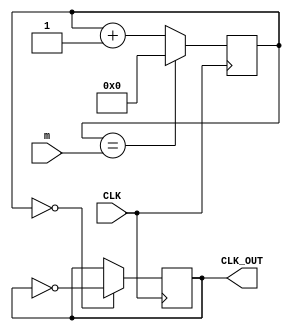
`timescale 1ns / 1ps
//////////////////////////////////////////////////////////////////////////////////
// Company: 
// Engineer: 
// 
// Design Name: 
// Module Name: clk_divider
// Project Name: 
// Target Devices: 
// Tool Versions: 
// Description: 
// 
// Dependencies: 
// 
// Revision:
// Revision 0.01 - File Created
// Additional Comments:
// 
//////////////////////////////////////////////////////////////////////////////////


module clk_divider(
        input CLK,
        input [31:0] m,
        output reg CLK_OUT = 0
    );
    
    
    reg [31:0] my_seq = 0;
    
    always @ (posedge CLK)
    begin
         my_seq <= (my_seq == m) ? 32'd0 : my_seq + 1;
         CLK_OUT <= (my_seq == 0) ? ~CLK_OUT : CLK_OUT;
    end
    
endmodule